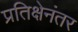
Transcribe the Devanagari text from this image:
प्रतिक्षेनंतर